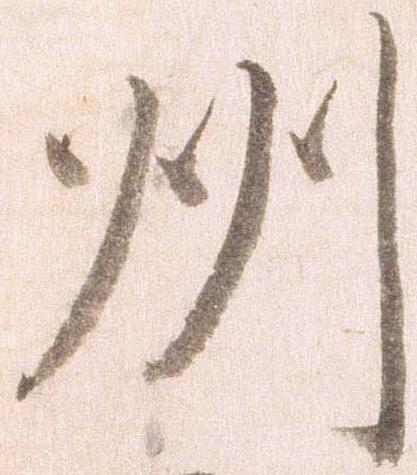
州